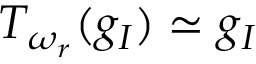
T _ { \omega _ { r } } ( g _ { I } ) \simeq g _ { I }